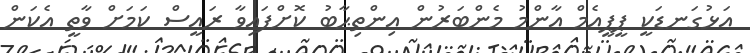
އަޅުގަނޑަކީ ޕީޕީއެމް އާންމު މެންބަރުން އިންތިޙާބު ކޮށްފައިވާ ރައީސް ކަމަށް ވާތީ އެކަން